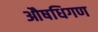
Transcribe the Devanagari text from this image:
औषधिगण